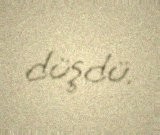
düşdü.